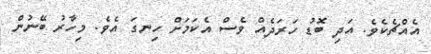
އެއްޗެކެވެ. އަދި ބޮޑު ހަރަދެއް ވެސް އެކަމަށް ހިނގަ އެވެ. މިހާރު ބޭނުން